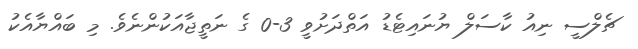
ޗެލްސީ ނިއު ކާސަލް ޔުނައިޓެޑު އަތްދަށުވީ 3-0 ގެ ނަތީޖާއަކުންނެވެ. މި ބައްޔާއެކު